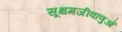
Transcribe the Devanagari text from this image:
सूक्षमजीवाणुओं